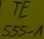
Text: TE555-1